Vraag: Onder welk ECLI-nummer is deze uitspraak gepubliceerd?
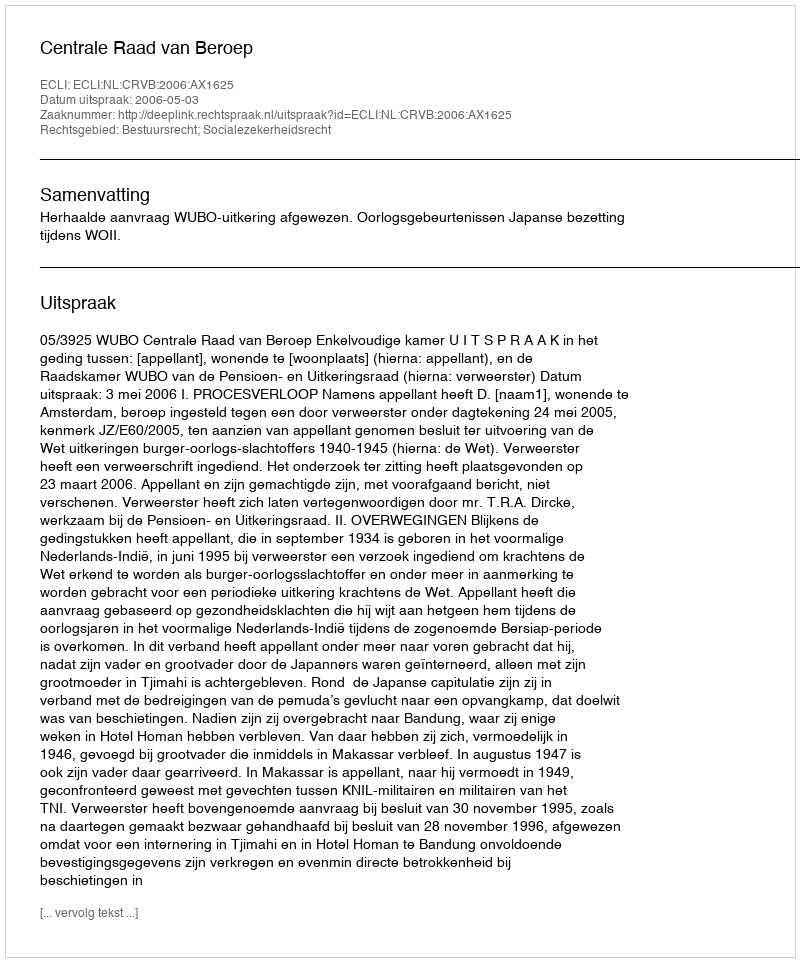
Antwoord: ECLI:NL:CRVB:2006:AX1625